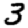
Digit: 3